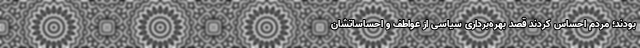
بودند؛ مردم احساس کردند قصد بهره‌برداری سیاسی از عواطف و احساساتشان